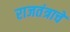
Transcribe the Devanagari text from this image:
राजतंत्राचे